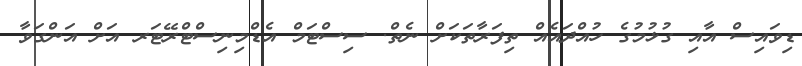
ޑިވައިސް އާއި ގުޅުމުގެ ހުއްދައެއް ތިފަރާތަކަށް ނެތް. ސިސްޓަމް އެޑްމިނިސްޓްރޭޓަރ އަށް އަންގަވާ